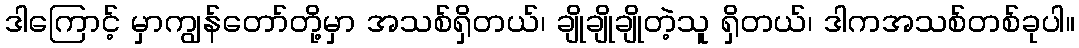
ဒါကြောင့် မှာကျွန်တော်တို့မှာ အသစ်ရှိတယ်၊ ချိုချိုချိုတဲ့သူ ရှိတယ်၊ ဒါကအသစ်တစ်ခုပါ။